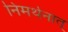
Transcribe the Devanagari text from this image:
निमर्थनात्